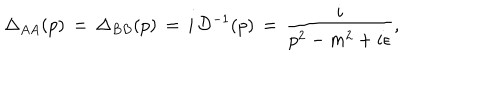
\Delta _ { A A } ( p ) \, = \, \Delta _ { B B } ( p ) \, = \, i \, { \cal D } ^ { - 1 } ( p ) \, = \, \frac { i } { p ^ { 2 } - m ^ { 2 } + i \epsilon } ,